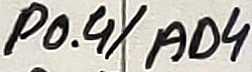
Text: P0.4/AD4